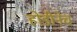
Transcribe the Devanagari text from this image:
होडीनेच